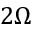
2 \Omega